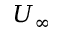
U _ { \infty }